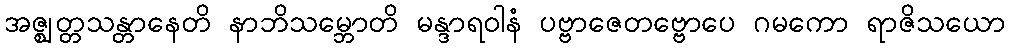
အဇ္ဈတ္တသန္တာနေတိ နာဘိသမ္ဘောတိ မန္ဒာရဝါနံ ပဗ္ဗာဇေတဗ္ဗောပေ ဂမကော ရာဇိသယော